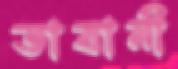
তাবানী